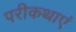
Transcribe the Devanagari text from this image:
परीकथाएं